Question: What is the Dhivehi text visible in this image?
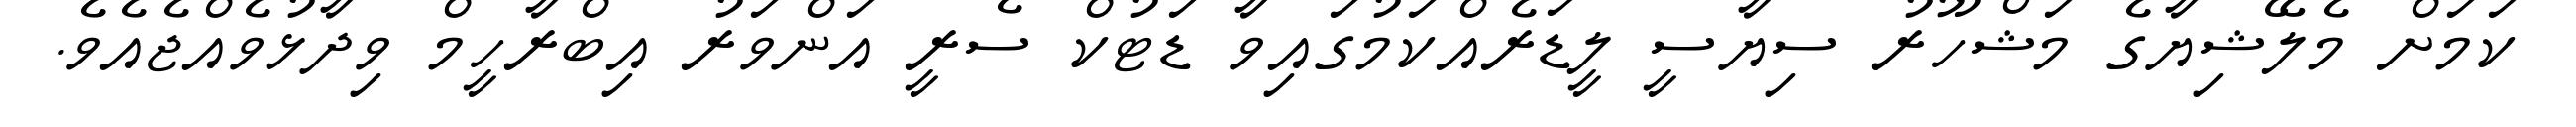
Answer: ކަމަށް މެލޭޝިޔާގެ މަޝްހޫރު ސިޔާސީ ލީޑަރެއްކަމުގައިވާ ޑަޓުކް ސެރީ އަންވަރު އިބްރާހީމް ވިދާޅުވެއްޖެއެވެ.